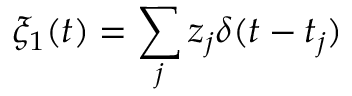
\xi _ { 1 } ( t ) = \sum _ { j } z _ { j } \delta ( t - t _ { j } )